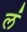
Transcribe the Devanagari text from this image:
ल॑